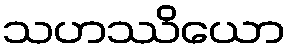
သဟဿိယော